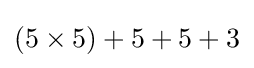
(5\times 5)+5+5+3